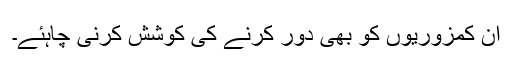
اُن کمزوریوں کو بھی دُور کرنے کی کوشش کرنی چاہئے۔